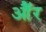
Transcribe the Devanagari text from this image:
औॅर